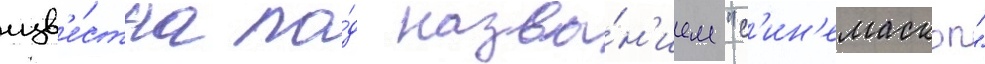
изв'е́стна по́д назва́н'ием "с'ин'емаскоп"